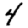
Digit: 4